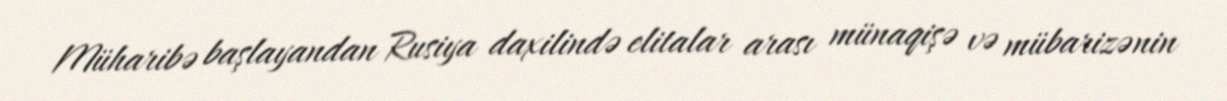
Müharibə başlayandan Rusiya daxilində elitalar arası münaqişə və mübarizənin